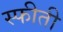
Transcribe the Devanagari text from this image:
स्फीती